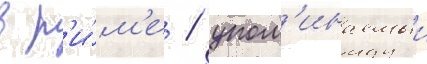
в р'и́м'е / упом'инаемыи